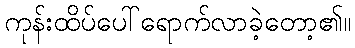
ကုန်းထိပ်ပေါ်ရောက်လာခဲ့တော့၏။